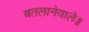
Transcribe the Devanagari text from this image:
बतलानेवाले॥